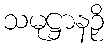
သမုဋ္ဌာနဉှိ